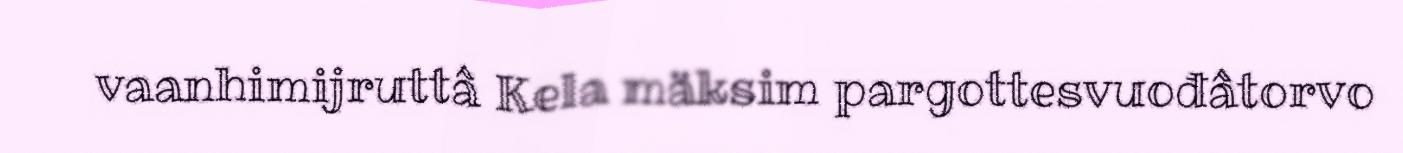
vaanhimijruttâ Kela mäksim pargottesvuođâtorvo